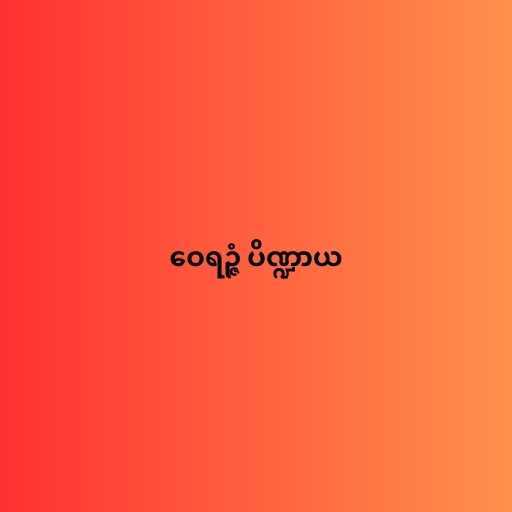
ဝေရဉ္ဇံ ပိဏ္ဍာယ